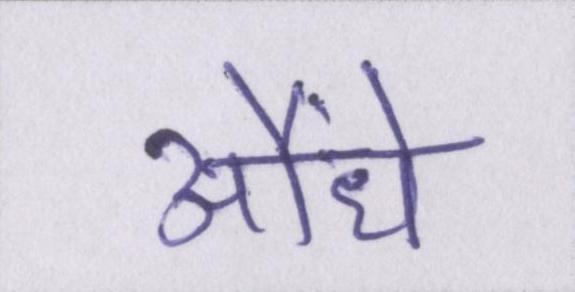
औंधे